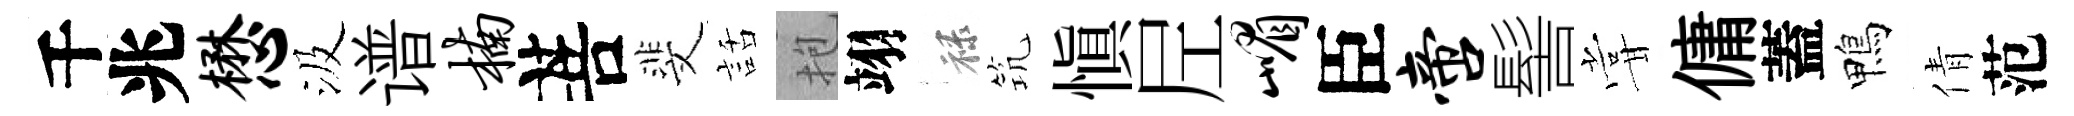
千兆懋汲谱楠菩斐話抱翊禄𥬑愼𡰱嵋臣啻髻甞傭蓋鴨倩范